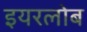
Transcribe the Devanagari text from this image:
इयरलोब